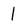
Character: l